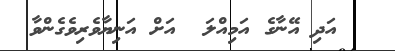
އަދި އޭނާގެ އަމިއްލަ  އަށް އަނިޔާވެރިވެގެންވާ